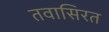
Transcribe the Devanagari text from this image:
तवासिरत